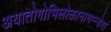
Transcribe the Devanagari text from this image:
अयातोगोभिलोक्तानामम्न्येषां